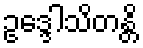
ဥဒ္ဒေါသိတန္တိ